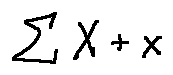
\sum X + x